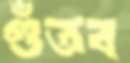
গুঁতব